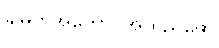
ချမှတ်အကောင်အထည်ဖော်